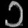
Digit: ၁